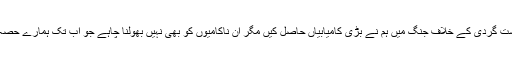
تسلیم کہ دہشت گردی کے خلاف جنگ میں ہم نے بڑی کامیابیاں حاصل کیں مگر ان ناکامیوں کو بھی نہیں بھولنا چاہے جو اب تک ہمارے حصہ میں آرہیں۔